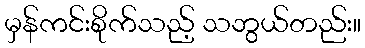
မှန်ကင်းစိုက်သည့် သဘွယ်တည်း။